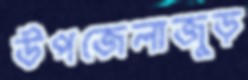
উপজেলাজুড়